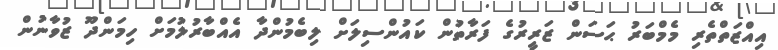
އިއްޒަތްތެރި މެމްބަރު ޙަސަން ޒަރީރުގެ ފަރާތުން ކައުންސިލަށް ލިބެމުންދާ އެއްބާރުލުމަށް ހިމަންދޫ ޒުވާނުން